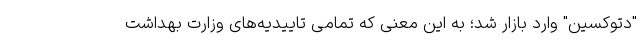
"دتوکسین" وارد بازار شد؛ به این معنی که تمامی تاییدیه‌های وزارت بهداشت